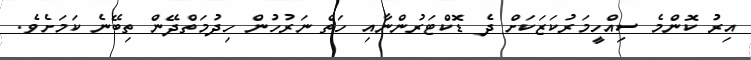
އިރު ކޮންމެ ސިއްހީމަރުކަޒަކަށް ދެ ޑޮކްޓަރުންނާއި ހަތް ނަރުހުން ހިދުމަތްދޭން ތިބޭނެ ކަމަށެވެ.